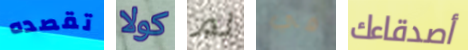
تقصده كولا لم في أصدقاءك